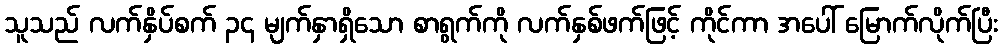
သူသည် လက်နှိပ်စက် ၃၄ မျက်နှာရှိသော စာရွက်ကို လက်နှစ်ဖက်ဖြင့် ကိုင်ကာ အပေါ် မြောက်လိုက်ပြီး